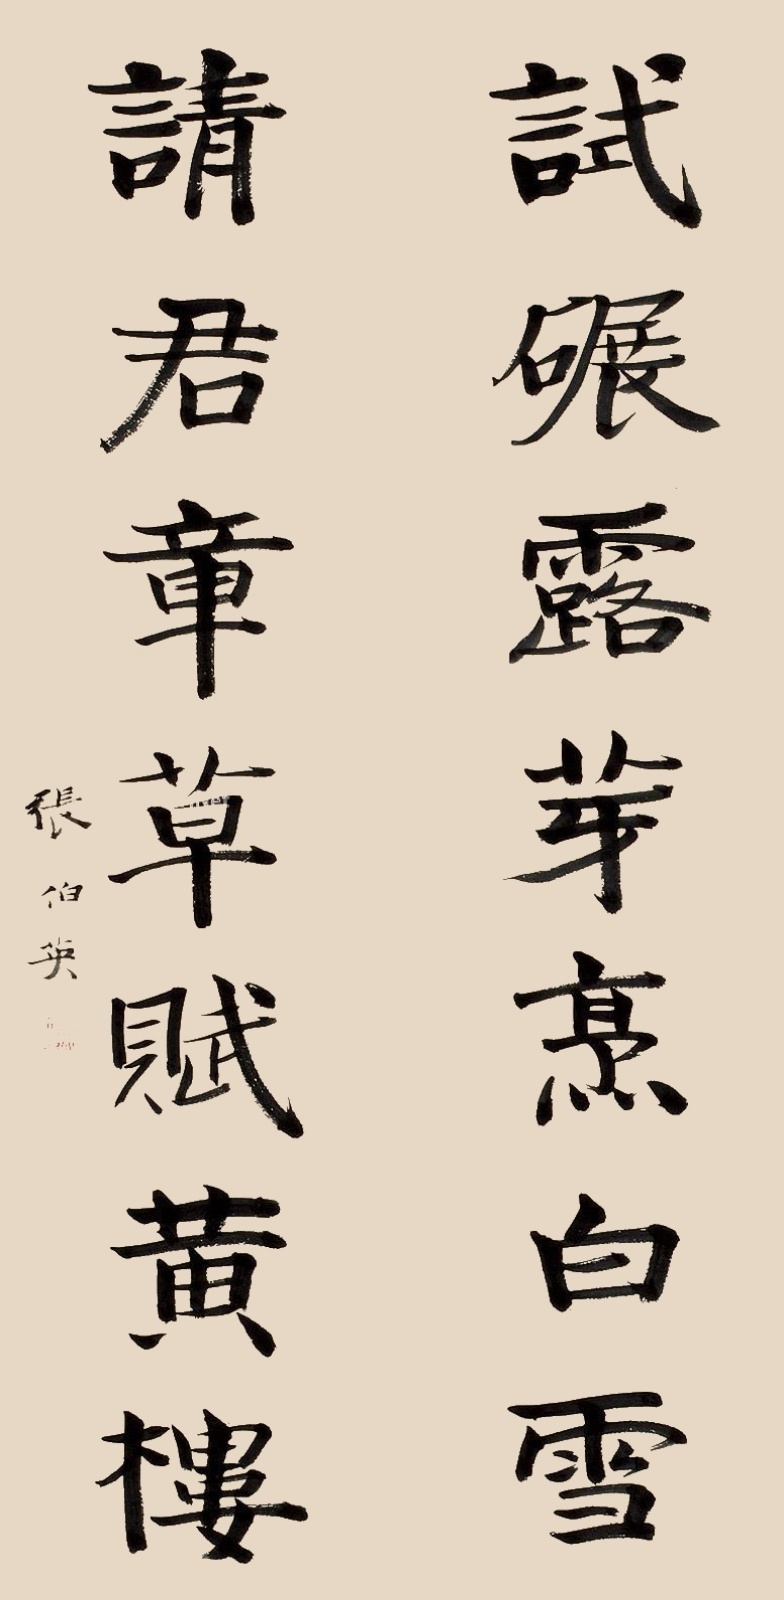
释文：试碾露芽烹白雪，请君章草赋黄楼。张伯英